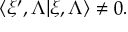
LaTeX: \langle \xi ^ { \prime } , \Lambda | \xi , \Lambda \rangle \not = 0 .